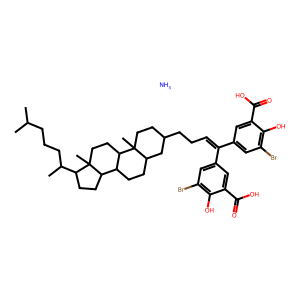
SMILES: CC(C)CCCC(C)C1CCC2C3CCC4CC(CCC=C(c5cc(Br)c(O)c(C(=O)O)c5)c5cc(Br)c(O)c(C(=O)O)c5)CCC4(C)C3CCC12C.N
Inhibits HIV replication: Yes